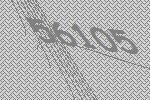
56105